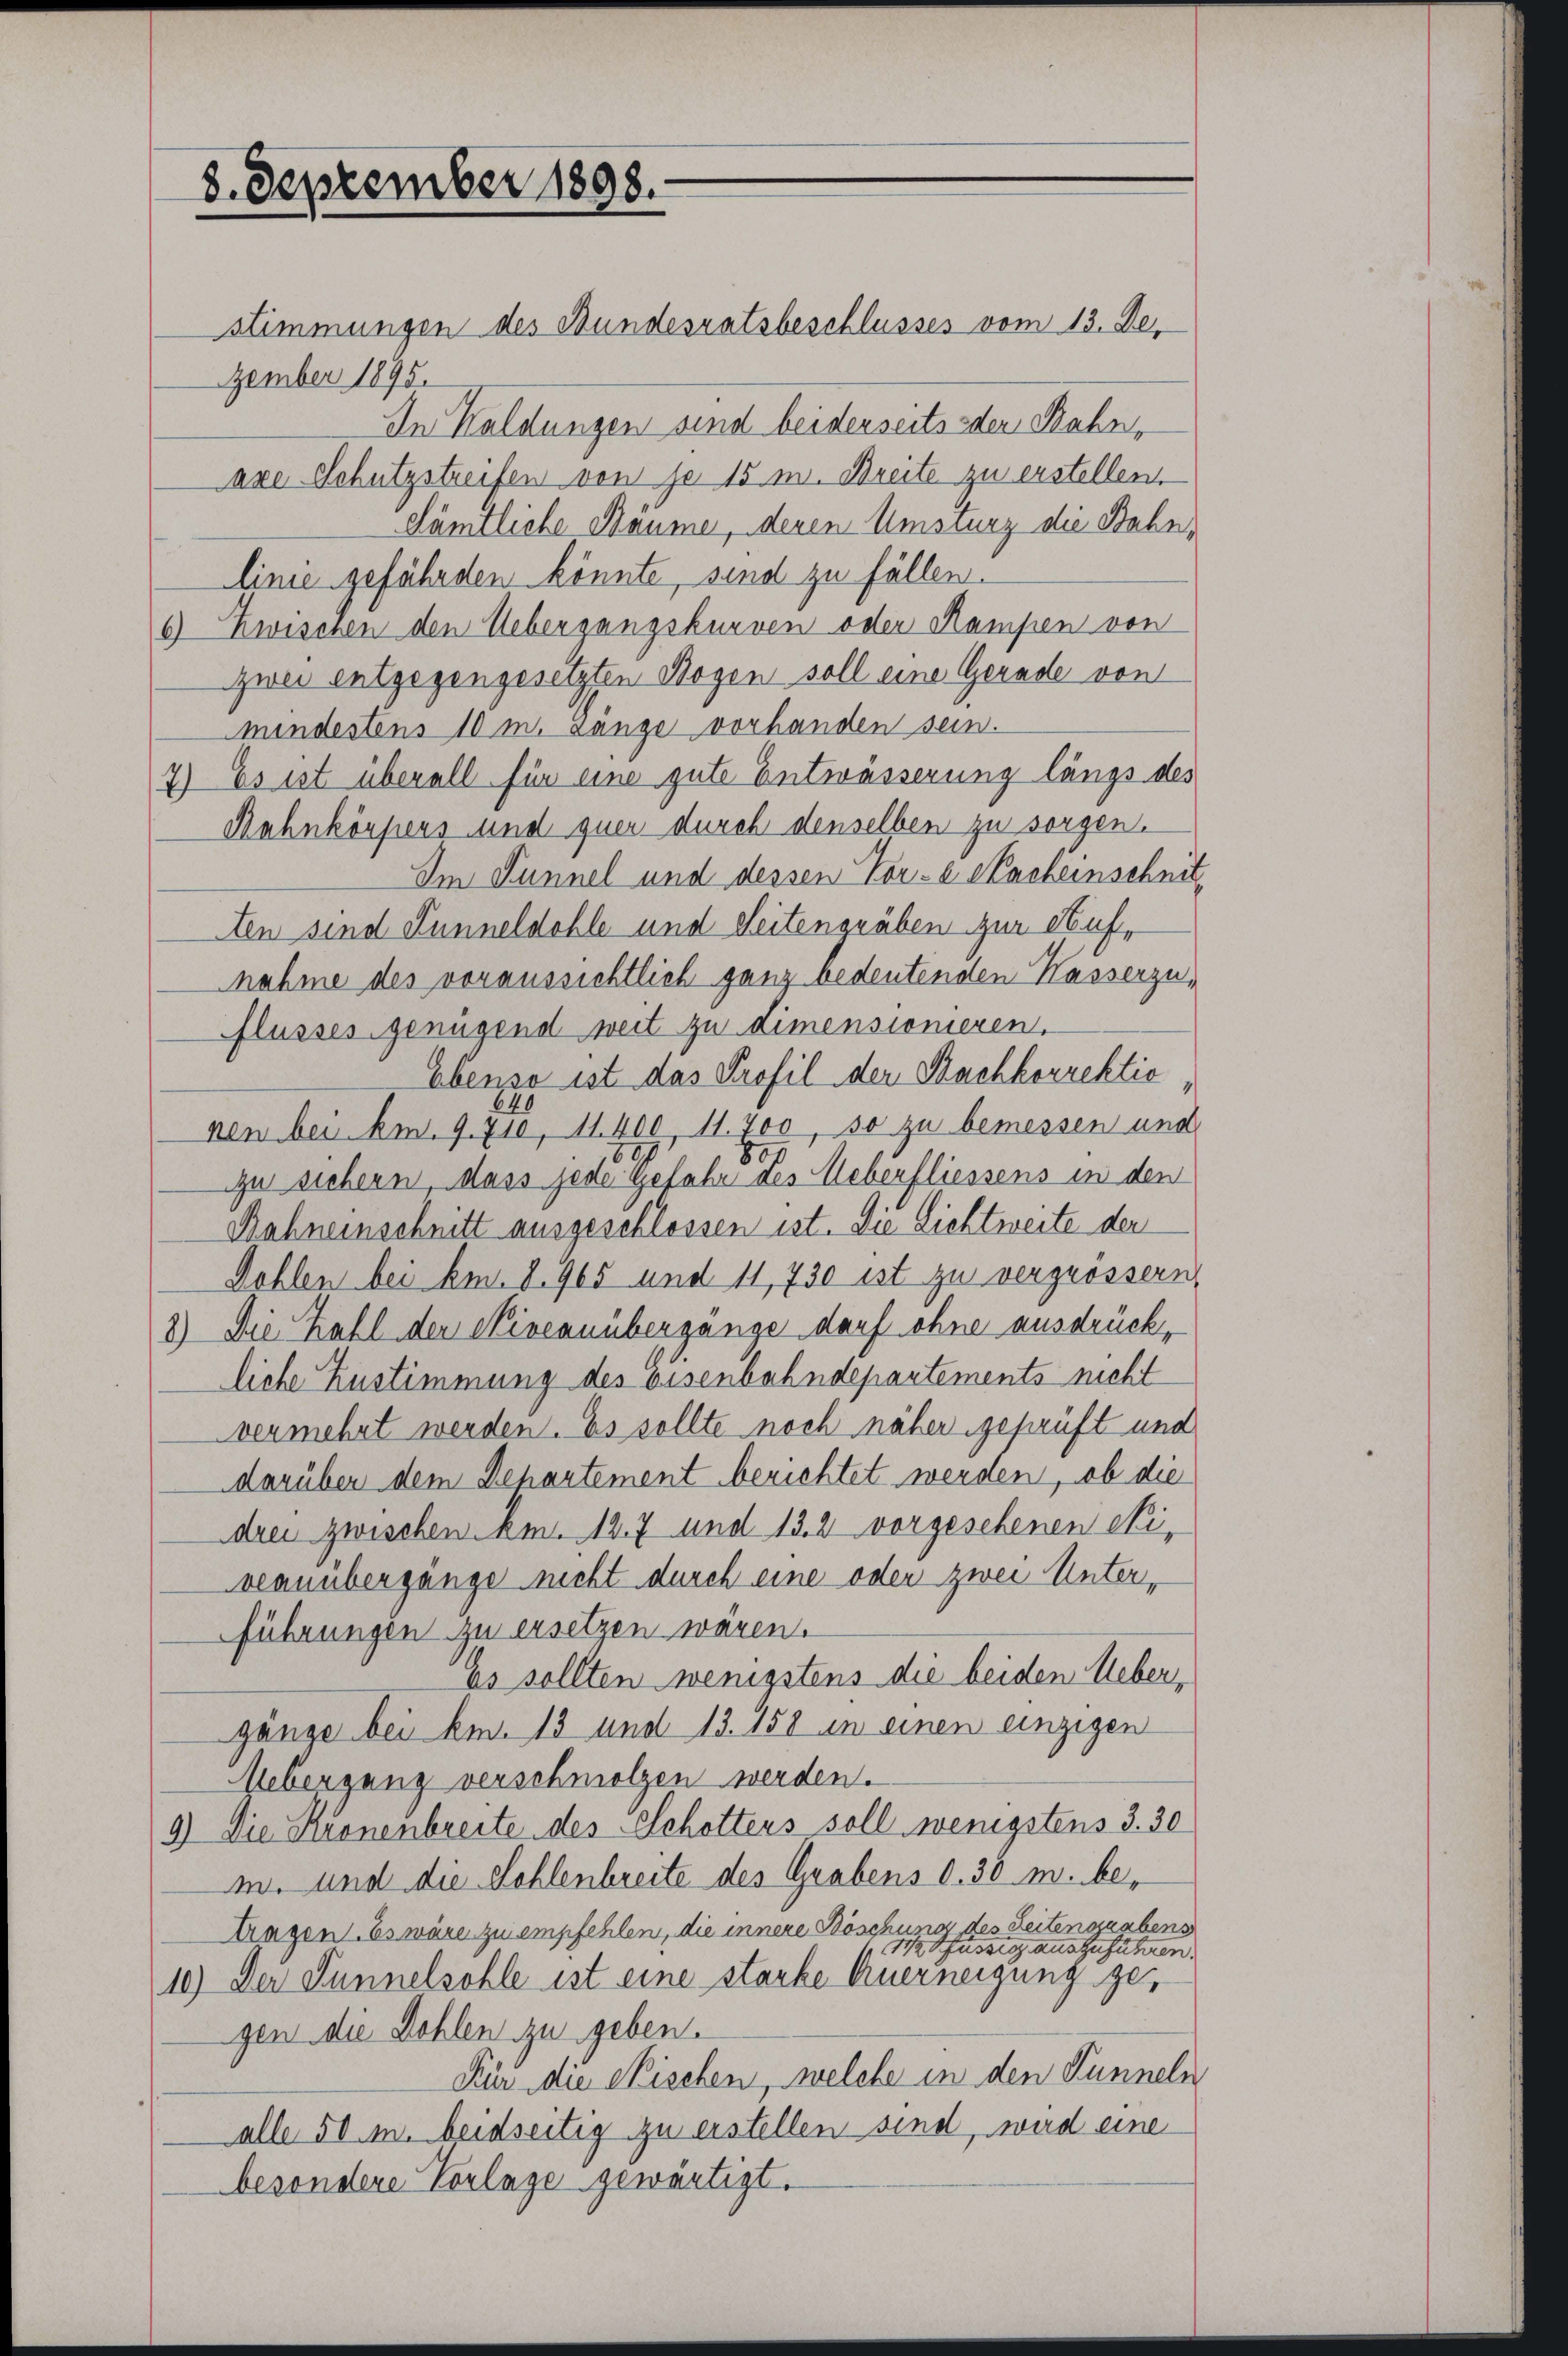
8. September 1898.

stimmungen des Bundesratsbeschlusses vom 13. De
zember 1895.
In Kaldungen sind beiderseits oder Bahn,
are Schutzstreifen von je 15 m. Breite zu erstellen,
Sämtliche Bäume, denen Umsturz die Bahnlinie gefährden könnte, sind zu fällen.
6) Zwischen den Uebergangskurven oder Rampen von
zwei entgegengesetzten Hagen soll eine Gerade von
mindestens 10 m. ganze vorhanden sein.
7) Es ist überall für eine gute Entwässerung längs des
Rahnkörpers und quer durch denselben zu sorgen.
Im Tunnel und dessen Vor- Sacheinschnit
ten sind Lunneldohle und Seitengräben zur Aufnahme des voraussichtlich ganz bedeutenden Kasserzuflusses genügend weit zu dimensionieren.
Ebenso ist das Profil der Nachkorrektio
nen bei Am. 9. 710, 11. 400 11. 400, so zu bemessen und
8.
zu sichern, dass jede Gefahr des Ueberfliessens in den
Rahneinschnitt ausgeschlossen ist. Die Lichtweite der
Dohlen bei km. 8. 905 und 11, 730 ist zu vergrössern,
3.) Die Zahl der Niveaunbergänge darf ohne ausdrückliche Zustimmung des Eisenbahndepartements nicht
vermehrt werden. Es sollte noch näher geprüft und
darüber dem Departement berichtet werden, ob die
drei zwischen Am. 12. 7 und 13. 2 vorgesehenen eiveanübergänge nicht durch eine oder zwei Unterführungen zu ersetzen wären.
Es sollten wenigstens die beiden Ueber
gänge bei km. 13 und 13. 158 in einen einzigen
Uebergang verschmolzen werden.
9) Die Kronenbreite des Schotters soll wenigstens 3. 30
m. und die Sohlenbreite des Grabens d. 30 M. betragen. Es wäre zu empfehlen, die innere Böschung des Leitensabens
M Pfüssig auszuführen.
10.) Der Tunnelsohle ist eine starke Euerneigung gegen die Dohlen zu geben.
Für die Fischen, welche in den Funneln
alle 50 m. beidseitig zu erstellen sind, wird eine
besondere Vorlage gewärtigt.